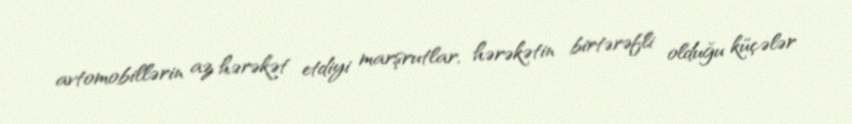
avtomobillərin az hərəkət etdiyi marşrutlar, hərəkətin birtərəfli olduğu küçələr